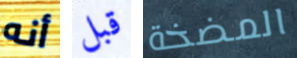
أنه قبل المضخة